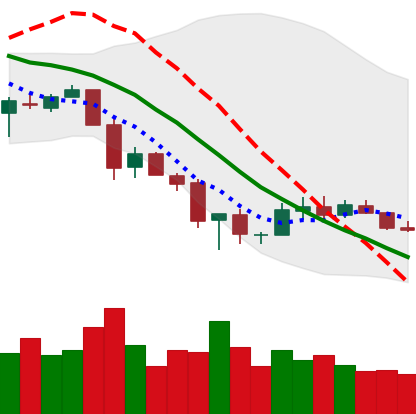
Ticker: XLM-USD
Chart end date: 2018-12-04
Forward return: -15.797%
Label: down_7plus